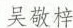
吴敬梓